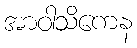
အာဝါသိကေန